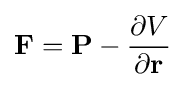
\mathbf {F} =\mathbf {P} -{\partial {V} \over \partial {\mathbf {r} }}